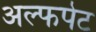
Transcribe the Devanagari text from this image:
अल्फपेट